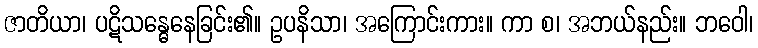
ဇာတိယာ၊ ပဋိသန္ဓေနေခြင်း၏။ ဥပနိသာ၊ အကြောင်းကား။ ကာ စ၊ အဘယ်နည်း။ ဘဝေါ၊